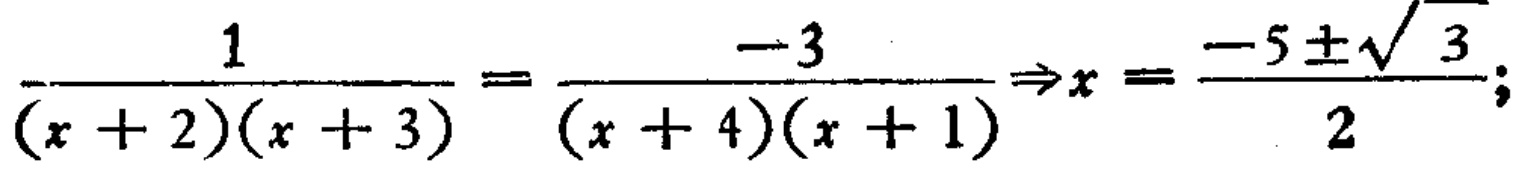
\(\frac{1}{(x + 2)(x + 3)} = \frac{-3}{(x + 4)(x + 1)}\Rightarrow x = \frac{-5\pm\sqrt{3}}{2};\)